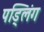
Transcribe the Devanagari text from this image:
पड्लिंग